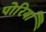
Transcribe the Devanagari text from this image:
पोरियाँ